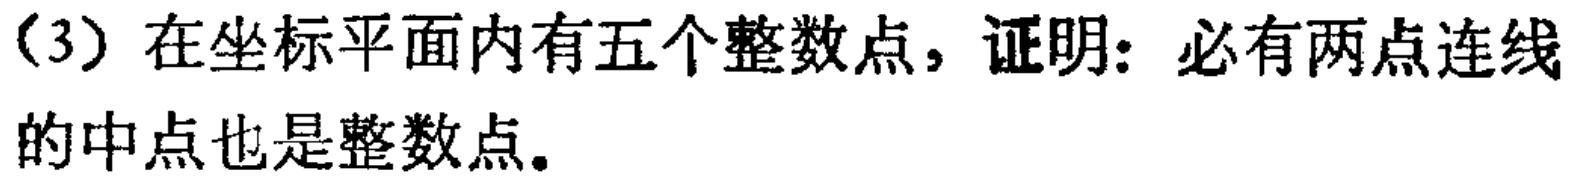
(3) 在坐标平面内有五个整数点，证明：必有两点连线的中点也是整数点。